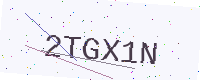
Text: 2TGX1N